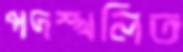
পদস্খলিত